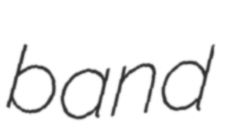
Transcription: band